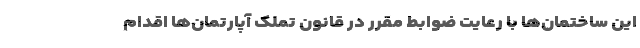
این ساختمان‌ها با رعایت ضوابط مقرر در قانون تملک آپارتمان‌ها اقدام